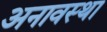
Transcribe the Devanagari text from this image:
अनावस्था